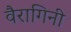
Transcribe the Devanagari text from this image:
वैरागिनी